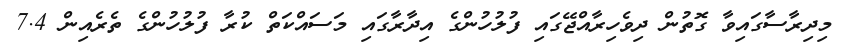
މިދިރާސާގައިވާ ގޮތުން ދިވެހިރާއްޖޭގައި ފުލުހުންގެ އިދާރާގައި މަސައްކަތް ކުރާ ފުލުހުންގެ ތެރެއިން 7.4